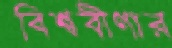
বিশ্ববীণার